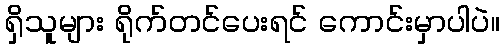
ရှိသူများ ရိုက်တင်ပေးရင် ကောင်းမှာပါပဲ။